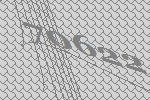
70622